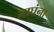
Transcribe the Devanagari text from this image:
नाघंना